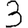
Digit: 3